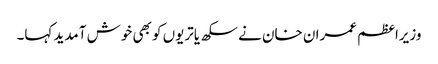
وزیراعظم عمران خان نے سکھ یاتریوں کو بھی خوش آمدید کہا۔